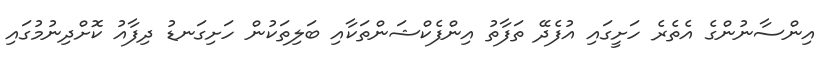
އިންސާނުންގެ އެތެރެ ހަށީގައި އުފެދޭ ތަފާތު އިންފެކްޝަންތަކާއި ބަލިތަކުން ހަށިގަނޑު ދިފާއު ކޮށްދިނުމުގައި